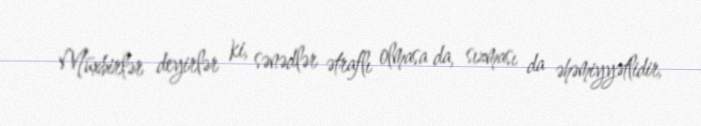
Müxbirlər deyirlər ki, sənədlər ətraflı olmasa da, sızması da əhəmiyyətlidir,